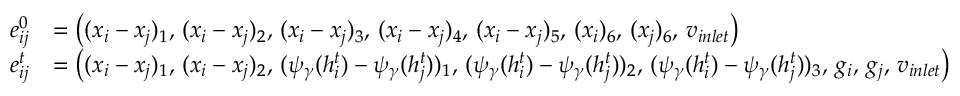
\begin{array} { r l } { e _ { i j } ^ { 0 } } & { = \left( ( x _ { i } - x _ { j } ) _ { 1 } , \, ( x _ { i } - x _ { j } ) _ { 2 } , \, ( x _ { i } - x _ { j } ) _ { 3 } , \, ( x _ { i } - x _ { j } ) _ { 4 } , \, ( x _ { i } - x _ { j } ) _ { 5 } , \, ( x _ { i } ) _ { 6 } , \, ( x _ { j } ) _ { 6 } , \, v _ { i n l e t } \right) } \\ { e _ { i j } ^ { t } } & { = \left( ( x _ { i } - x _ { j } ) _ { 1 } , \, ( x _ { i } - x _ { j } ) _ { 2 } , \, ( \psi _ { \gamma } ( h _ { i } ^ { t } ) - \psi _ { \gamma } ( h _ { j } ^ { t } ) ) _ { 1 } , \, ( \psi _ { \gamma } ( h _ { i } ^ { t } ) - \psi _ { \gamma } ( h _ { j } ^ { t } ) ) _ { 2 } , \, ( \psi _ { \gamma } ( h _ { i } ^ { t } ) - \psi _ { \gamma } ( h _ { j } ^ { t } ) ) _ { 3 } , \, g _ { i } , \, g _ { j } , \, v _ { i n l e t } \right) } \end{array}